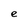
Character: e